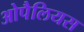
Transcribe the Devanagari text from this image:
ओपैलियस